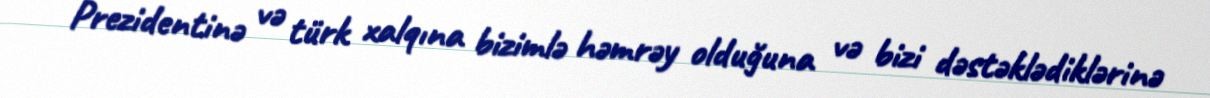
Prezidentinə və türk xalqına bizimlə həmrəy olduğuna və bizi dəstəklədiklərinə